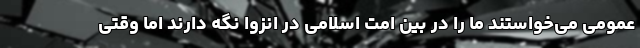
عمومی می‌خواستند ما را در بین امت اسلامی در انزوا نگه دارند اما وقتی